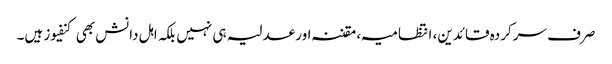
صرف سرکردہ قائدین، انتظامیہ، مقننہ اور عدلیہ ہی نہیں بلکہ اہل دانش بھی کنفیوز ہیں۔